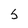
Character: S